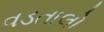
વડતાલો